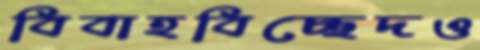
বিবাহবিচ্ছেদও